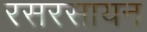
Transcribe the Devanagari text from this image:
रसरसायन